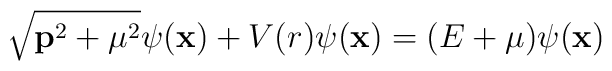
\sqrt{{\bf p}^2 + {\mu}^2} \psi({\bf x}) + V(r) \psi({\bf x}) =(E+{\mu}) \psi({\bf x})